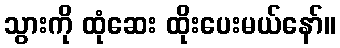
သွားကို ထုံဆေး ထိုးပေးမယ်နော်။